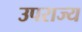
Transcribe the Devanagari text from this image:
उपराज्य